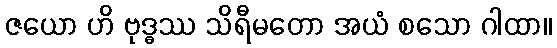
ဇယော ဟိ ဗုဒ္ဓဿ သိရီမတော အယံ စသော ဂါထာ။